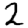
Digit: 2